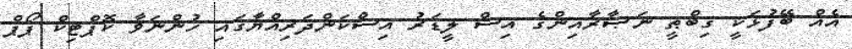
އެއް ބޭފުޅަކީ ޤިބްޠީ ނަޞާރާއިންގެ އިސް ލީޑަރު އިސްކަންދަރިއްޔާގައި ހުންނަވާ ކޮޕްޓިކް ޕޯޕް